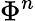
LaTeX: \Phi^{n}